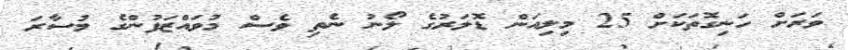
ވަރަށް ހަނިގޮތަކަށް 25 މިލިއަން ޑޮލަރުގެ ލޯނު ނެތި ވެސް މުވައްޒަފުންގެ މުސާރަ